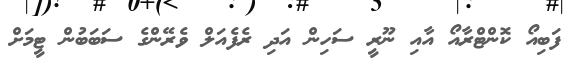
ފަބިއޯ ކޮންޓްރާއޯ އާއި ނޫރީ ސަހިން އަދި ރެފެއަލް ވެރޭންގެ ސަބަބުން ޓީމަށް